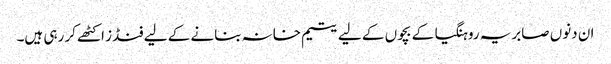
ان دنوں صابریہ روہنگیا کے بچوں کے لیے یتیم خانہ بنانے کے لیے فنڈز اکٹھے کر رہی ہیں۔